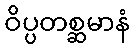
ဝိပ္ပတစ္ဆမာနံ